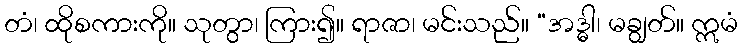
တံ၊ ထိုစကားကို။ သုတွာ၊ ကြား၍။ ရာဇာ၊ မင်းသည်။ “အဒ္ဓါ၊ မချွတ်။ ဣမံ